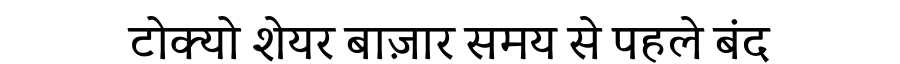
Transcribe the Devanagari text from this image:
टोक्यो शेयर बाज़ार समय से पहले बंद